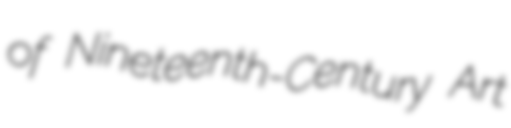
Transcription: of Nineteenth-Century Art